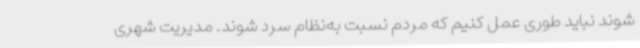
شوند نباید طوری عمل کنیم که مردم نسبت به‌نظام سرد شوند. مدیریت شهری